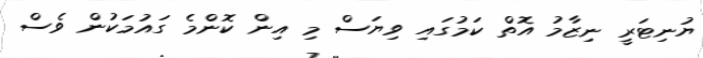
ޔުނިޓަރީ ނިޒާމު އޮތް ކަމުގައި ވިޔަސް މި އިން ކޮންމެ ގައުމަކުން ވެސް